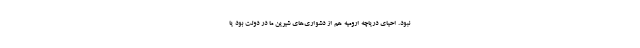
نبود. احیای دریاچه ارومیه هم از دشواری‌های شیرین ما در دولت بود یا